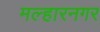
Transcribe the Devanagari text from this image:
मल्हारनगर